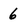
Character: 6